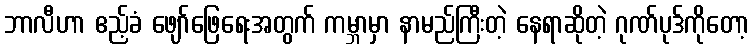
ဘာလီဟာ ဧည့်ခံ ဖျော်ဖြေရေးအတွက် ကမ္ဘာမှာ နာမည်ကြီးတဲ့ နေရာဆိုတဲ့ ဂုဏ်ပုဒ်ကိုတော့